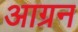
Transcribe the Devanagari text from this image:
आग्रन